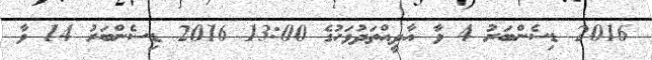
2016 ޑިސެންބަރު 4 ވާ އާދީއްތަދުވަހުގެ 13:00 2016 ޑިސެންބަރު 14 ވާ